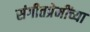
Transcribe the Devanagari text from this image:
संगीतप्रेमींच्या